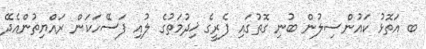
ބ އަތޮޅު ކައުންސިލުން ބުނި ގޮތުގައި ފެރީގެ ޚިދުމަތުގެ ލުއި ފަސޭހަކަން ރައްޔިތުންއެދޭ